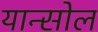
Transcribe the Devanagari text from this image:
यान्सोल